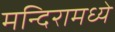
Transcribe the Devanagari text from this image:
मन्दिरामध्ये